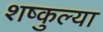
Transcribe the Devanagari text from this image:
शष्कुल्या